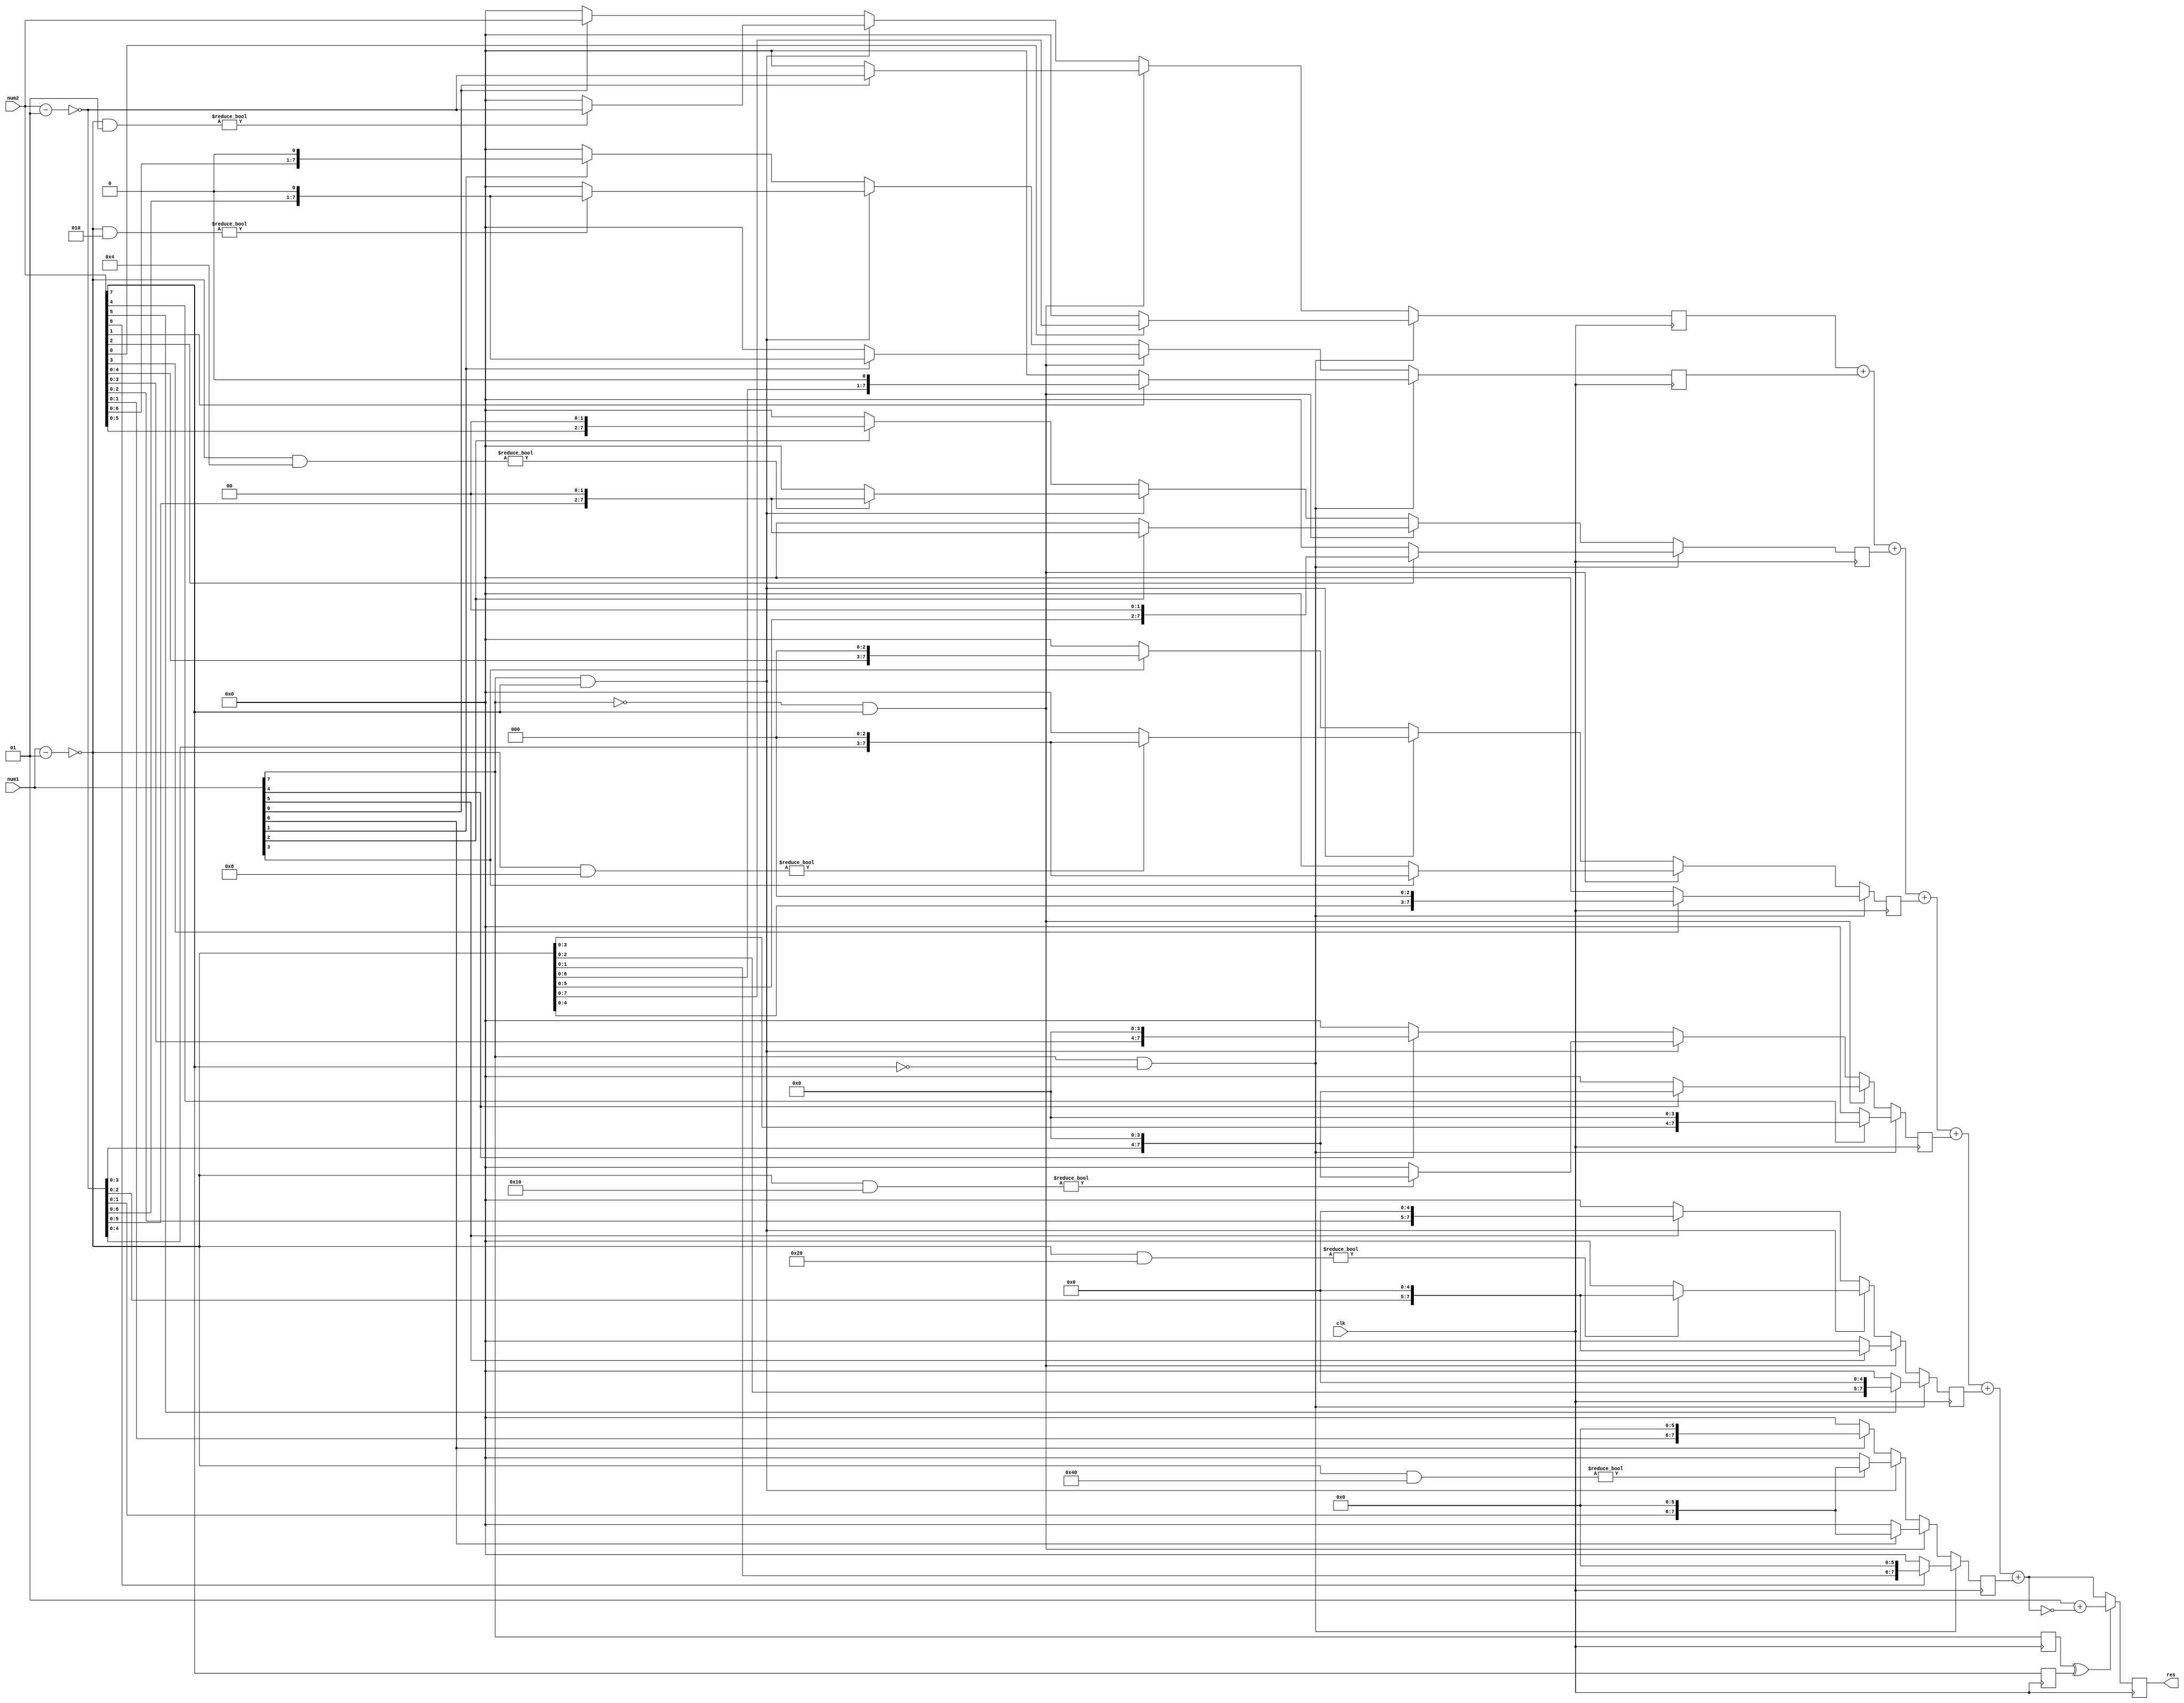
module mult (
	input clk,
	input signed [7 : 0] num1,
	input signed [7 : 0] num2,

	output signed [7 : 0]res
);

integer i = 0;
reg signed [7 : 0] temp [0 : 7];
reg signed [7 : 0] res = 0;
reg num1_sign = 0, num2_sign = 0;

always @(posedge clk) begin
	for (i = 0; i < 7; i++) begin
		if (num1[7] == 1 && num2[7] == 0) 
			temp[i] <= (num2[i]) ? (~(num1 - 1)) << i : 0;
		else if (num1[7] == 0 && num2[7] == 1) 
			temp[i] <= (num1[i]) ? (~(num2 - 1)) << i : 0; 
		else if (num1[7] == 1 && num2[7] == 1) 
			temp[i] <= ((~(num1 - 1) & (1 << i))) ? (~(num2 - 1)) << i : 0;
		else 
			temp[i] <= (num1[i]) ? num2 << i : 0;
	end

	num1_sign <= num1[7]; 
	num2_sign <= num2[7];

	if (num1_sign == 1 ^ num2_sign == 1)
		res <= 1 + ~(temp[0] + temp[1] + temp[2] + temp[3] + temp[4] + temp[5] + temp[6]);
	else 
		res <= temp[0] + temp[1] + temp[2] + temp[3] + temp[4] + temp[5] + temp[6];
end

endmodule